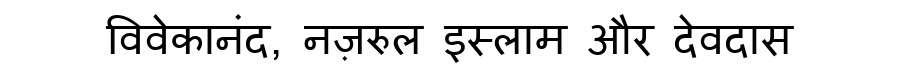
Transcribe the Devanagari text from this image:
विवेकानंद, नज़रुल इस्लाम और देवदास